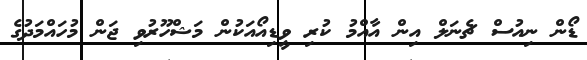
ޑޯން ނިއުސް ޗެނަލް އިން އާއްމު ކުރި ވީޑިއޯއަކުން މަޝްހޫރުވި ޖަން މުހައްމަދުގެ